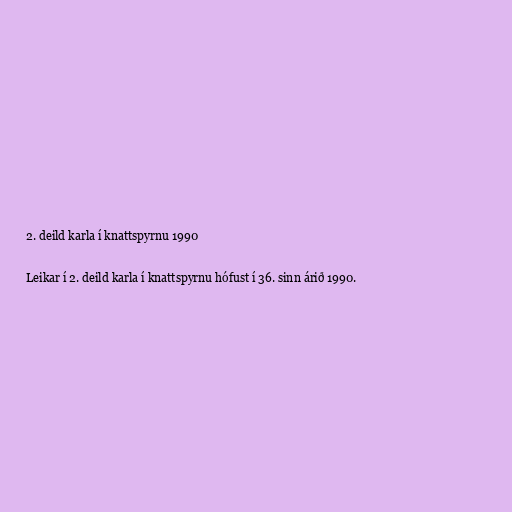
2. deild karla í knattspyrnu 1990

Leikar í 2. deild karla í knattspyrnu hófust í 36. sinn árið 1990.